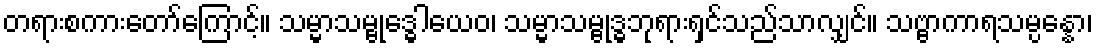
တရားစကားတော်ကြောင့်။ သမ္မာသမ္ဗုဒ္ဓေါယေဝ၊ သမ္မာသမ္ဗုဒ္ဓဘုရားရှင်သည်သာလျှင်။ သဗ္ဗာကာရသမ္ပန္နော၊